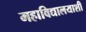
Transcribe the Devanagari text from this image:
महाविद्यालयाशी